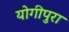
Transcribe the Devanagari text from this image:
योगीपुरा